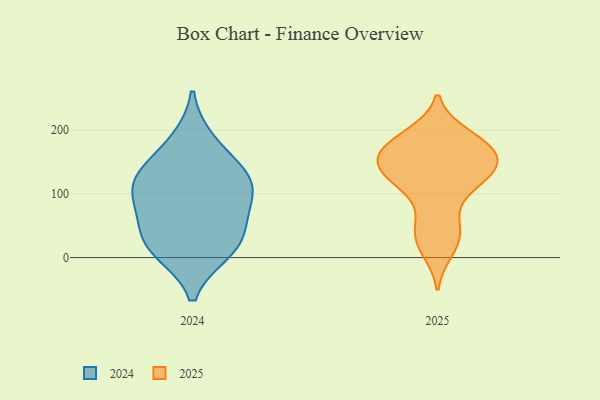
{"axis": {"x": "Active Users", "y": "Value"}, "legend": ["2024", "2025"], "data": [{"x": "", "y": 135, "type": "2025"}, {"x": "", "y": 56, "type": "2025"}, {"x": "", "y": 192, "type": "2025"}, {"x": "", "y": 112, "type": "2025"}, {"x": "", "y": 167, "type": "2025"}, {"x": "", "y": 156, "type": "2025"}, {"x": "", "y": 147, "type": "2025"}, {"x": "", "y": 123, "type": "2025"}, {"x": "", "y": 26, "type": "2025"}, {"x": "", "y": 184, "type": "2025"}, {"x": "", "y": 12, "type": "2025"}, {"x": "", "y": 45, "type": "2025"}, {"x": "", "y": 153, "type": "2025"}, {"x": "", "y": 110, "type": "2025"}, {"x": "", "y": 166, "type": "2025"}, {"x": "", "y": 138, "type": "2025"}, {"x": "", "y": 185, "type": "2025"}, {"x": "", "y": 56, "type": "2024"}, {"x": "", "y": 183, "type": "2024"}, {"x": "", "y": 83, "type": "2024"}, {"x": "", "y": 131, "type": "2024"}, {"x": "", "y": 29, "type": "2024"}, {"x": "", "y": 107, "type": "2024"}, {"x": "", "y": 109, "type": "2024"}, {"x": "", "y": 15, "type": "2024"}, {"x": "", "y": 10, "type": "2024"}, {"x": "", "y": 137, "type": "2024"}]}